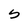
Character: S